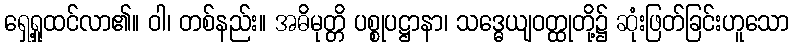
ရှေ့ရှုထင်လာ၏။ ဝါ၊ တစ်နည်း။ အဓိမုတ္တိ ပစ္စုပဋ္ဌာနာ၊ သဒ္ဓေယျဝတ္ထုတို့၌ ဆုံးဖြတ်ခြင်းဟူသော